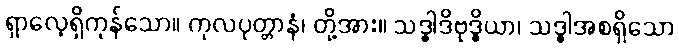
ရှာလေ့ရှိကုန်သော။ ကုလပုတ္တာနံ၊ တို့အား။ သဒ္ဓါဒိဗုဒ္ဓိယာ၊ သဒ္ဓါအစရှိသော